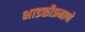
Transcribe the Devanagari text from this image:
भाडळीप्रमाणे